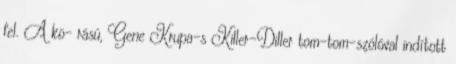
fel. A kö- rású, Gene Krupa-s Killer-Diller tom-tom-szólóval indított